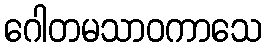
ဂေါတမသာဝကာသေ